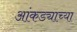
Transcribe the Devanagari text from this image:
आंकड्याच्या